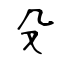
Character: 殳